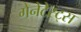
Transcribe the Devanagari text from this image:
गेनेटेस्ट्स